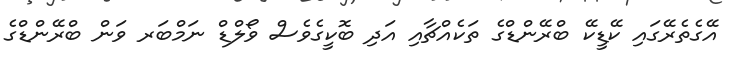
އޭގެތެރޭގައި ކޭޑީކޭ ބްރޭންޑްގެ ތަކެއްޗާއި އަދި ބޮކީގެވެސް ވޯލްޑް ނަމްބަރ ވަން ބްރޭންޑްގެ